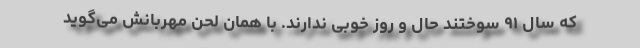
که سال ۹۱ سوختند حال و روز خوبی ندارند. با همان لحن مهربانش می‌گوید